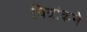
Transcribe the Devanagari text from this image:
चित्रांकने